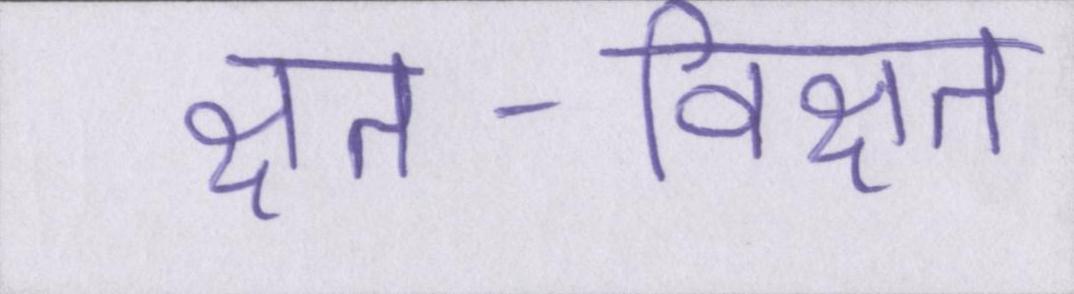
क्षत-विक्षत